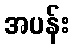
အပန်း